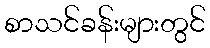
စာသင်ခန်းများတွင်